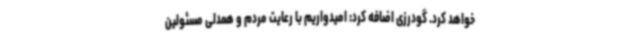
خواهد کرد. گودرزی اضافه کرد: امیدواریم با رعایت مردم و همدلی مسئولین